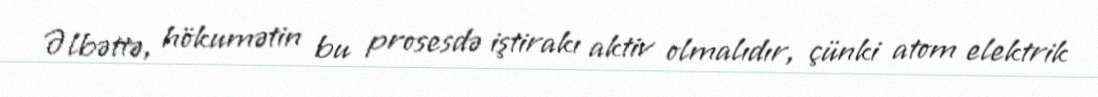
Əlbəttə, hökumətin bu prosesdə iştirakı aktiv olmalıdır, çünki atom elektrik